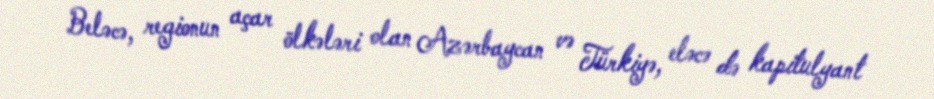
Beləcə, regionun açar ölkələri olan Azərbaycan və Türkiyə, eləcə də kapitulyant